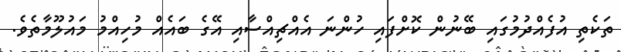
ތަކެތި އުފެއްދުމުގައި ބޭނުން ކޮށްފައި ހުންނަ އެއްޗިއްސާއި އޭގެ ބައެއް މުހިއްމު މައުލޫމާތެވެ.